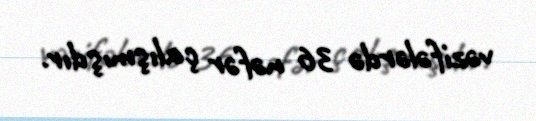
vəzifələrdə 36 nəfər çalışmışdır.